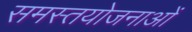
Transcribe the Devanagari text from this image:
समस्तयोजनाओं